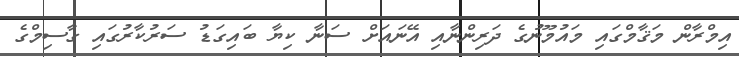
އިމްރާން މަޤާމްގައި މައުމޫނުގެ ދަރިންނާއި އޭނައަށް ސަނާ ކިޔާ ބައިގަޑު ސަރުކާރުގަައި ގާސިމްގެ